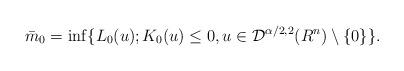
LaTeX: \begin{align*} \bar{m}_0=\inf\{L_0(u);K_0(u) \leq 0, u \in\mathcal{D}^{\alpha/2,2}(R^n) \setminus \{0\}\}.\end{align*}